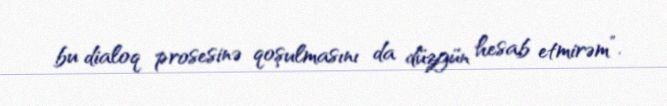
bu dialoq prosesinə qoşulmasını da düzgün hesab etmirəm”.